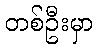
တစ်ဦးမှာ